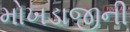
મોખડાજીની